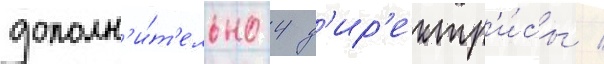
дополн'и́т'ельно 4 д'ир'ектр'и́сы /